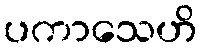
ပကာသေဟိ